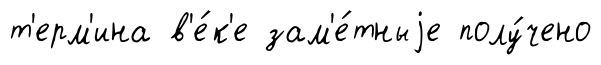
т'ерм'ина в'е́к'е зам'е́тныjе полу́чено